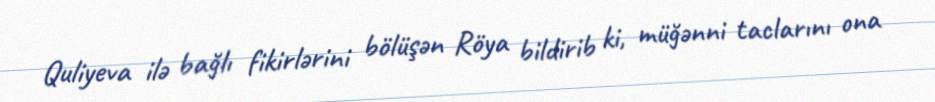
Quliyeva ilə bağlı fikirlərini bölüşən Röya bildirib ki, müğənni taclarını ona